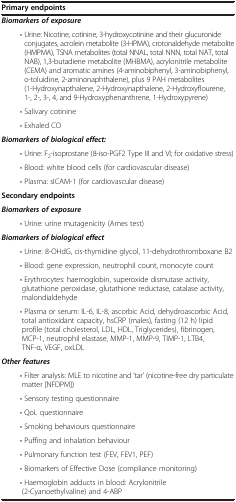
<table><thead><tr><td><b>Primary endpoints</b></td><td><b> </b></td></tr></thead><tbody><tr><td><b><i>Biomarkers of exposure</i></b></td><td> </td></tr><tr><td> </td><td>• Urine: Nicotine, cotinine, 3-hydroxycotinine and their glucuronide conjugates, acrolein metabolite (3-HPMA), crotonaldehyde metabolite (HMPMA), TSNA metabolites (total NNAL, total NNN, total NAT, total NAB), 1,3-butadiene metabolite (MHBMA), acrylonitrile metabolite (CEMA) and aromatic amines (4-aminobiphenyl, 3-aminobiphenyl, o-toluidine, 2-aminonaphthalene), plus 9 PAH metabolites (1-Hydroxynapthalene, 2-Hydroxynapthalene, 2-Hydroxyflourene, 1-, 2-, 3-, 4, and 9-Hydroxyphenanthrene, 1-Hydroxypyrene)</td></tr><tr><td> </td><td>• Salivary cotinine</td></tr><tr><td> </td><td>• Exhaled CO</td></tr><tr><td><b><i>Biomarkers of biological effect:</i></b></td><td> </td></tr><tr><td> </td><td>• Urine: F<sub>2</sub>-isoprostane (8-iso-PGF2 Type III and VI; for oxidative stress)</td></tr><tr><td> </td><td>• Blood: white blood cells (for cardiovascular disease)</td></tr><tr><td> </td><td>• Plasma: sICAM-1 (for cardiovascular disease)</td></tr><tr><td><b>Secondary endpoints</b></td><td> </td></tr><tr><td><b><i>Biomarkers of exposure</i></b></td><td> </td></tr><tr><td> </td><td>• Urine: urine mutagenicity (Ames test)</td></tr><tr><td><b><i>Biomarkers of biological effect</i></b></td><td> </td></tr><tr><td> </td><td>• Urine: 8-OHdG, cis-thymidine glycol, 11-dehydrothromboxane B2</td></tr><tr><td> </td><td>• Blood: gene expression, neutrophil count, monocyte count</td></tr><tr><td> </td><td>• Erythrocytes: haemoglobin, superoxide dismutase activity, glutathione peroxidase, glutathione reductase, catalase activity, malondialdehyde</td></tr><tr><td> </td><td>• Plasma or serum: IL-6, IL-8, ascorbic Acid, dehydroascorbic Acid, total antioxidant capacity, hsCRP (males), fasting (12 h) lipid profile (total cholesterol, LDL, HDL, Triglycerides), fibrinogen, MCP-1, neutrophil elastase, MMP-1, MMP-9, TIMP-1, LTB4, TNF-α, VEGF, oxLDL</td></tr><tr><td><b><i>Other features</i></b></td><td> </td></tr><tr><td> </td><td>• Filter analysis: MLE to nicotine and ‘tar’ (nicotine-free dry particulate matter [NFDPM])</td></tr><tr><td> </td><td>• Sensory testing questionnaire</td></tr><tr><td> </td><td>• QoL questionnaire</td></tr><tr><td> </td><td>• Smoking behaviours questionnaire</td></tr><tr><td> </td><td>• Puffing and inhalation behaviour</td></tr><tr><td> </td><td>• Pulmonary function test (FEV, FEV1, PEF)</td></tr><tr><td> </td><td>• Biomarkers of Effective Dose (compliance monitoring)</td></tr><tr><td> </td><td>• Haemoglobin adducts in blood: Acrylonitrile (2-Cyanoethylvaline) and 4-ABP</td></tr></tbody></table>